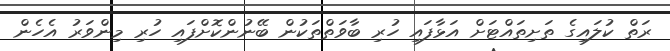
ރަތް ކުލައިގެ ތަށިތައްޓަށް އަޅާފައި ހުރި ބާވަތްތަކުން ބޭނުންކޮށްފައި ހުރި މިންވަރު އެހެން